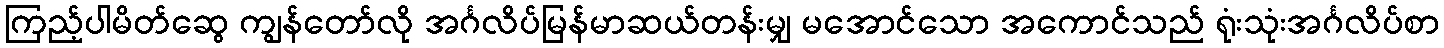
ကြည့်ပါမိတ်ဆွေ ကျွန်တော်လို အင်္ဂလိပ်မြန်မာဆယ်တန်းမျှ မအောင်သော အကောင်သည် ရုံးသုံးအင်္ဂလိပ်စာ